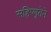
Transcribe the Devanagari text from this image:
सहिष्णूतेने